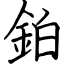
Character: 鉑